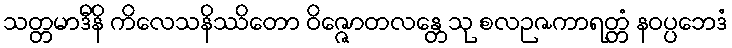
သတ္တမာဒီနိ ကိလေသနိဿိတော ဝိဇ္ဇောတလန္တေသု စလဉဇကာရတ္တံ နဝပ္ပဘေဒံ